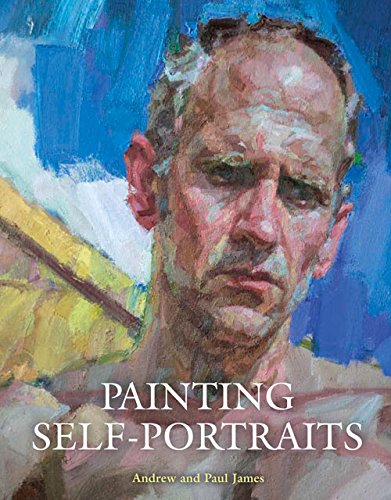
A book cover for Painting Self-Portraits; Andrew James; Arts & Photography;